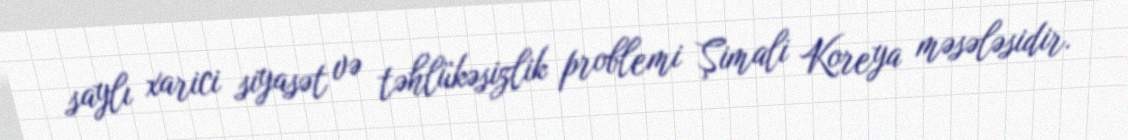
saylı xarici siyasət və təhlükəsizlik problemi Şimali Koreya məsələsidir.